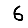
Digit: 6